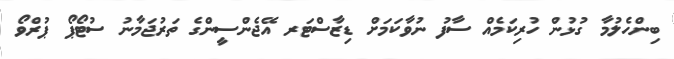
ބިންހެލުމާ ގުޅުން ހުރިކަމެއް ސާފު ނުވާކަމަށް ޑިޒާސްޓަރ އޭޖެންސީންގެ ތަރުޖަމާނު ސުޓޯޕޯ ޕުރްވޯ